Annual administration report of the Civil Veterinary Department of India - 1896-1897
Year: 1896
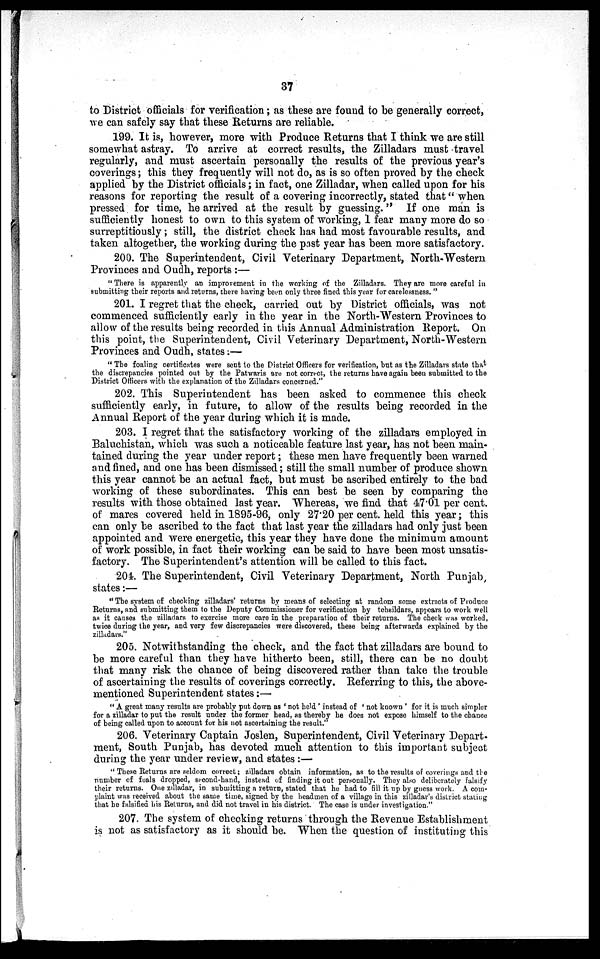
37
to District officials for verification; as these are found to be generally correct,
we can safely say that these Returns are reliable.
199. It is, however, more with Produce Returns that I think we are still
somewhat astray. To arrive at correct results, the Zilladars must travel
regularly, and must ascertain personally the results of the previous year's
coverings; this they frequently will not do, as is so often proved by the check
applied by the District officials; in fact, one Zilladar, when called upon for his
reasons for reporting the result of a covering incorrectly, stated that "when
pressed for time, he arrived at the result by guessing." If one man is
sufficiently honest to own to this system of working, 1 fear many more do so
surreptitiously; still, the district check has had most favourable results, and
taken altogether, the working during the past year has been more satisfactory.
200. The Superintendent, Civil Veterinary Department, North-Western
Provinces and Oudh, reports:—
"There is apparently an improvement in the working of the Zilladars. They are more careful in
submitting their reports and returns, there having been only three fined this year for carelessness."
201. I regret that the check, carried out by District officials, was not
commenced sufficiently early in the year in the North-Western Provinces to
allow of the results being recorded in this Annual Administration Report. On
this point, the Superintendent, Civil Veterinary Department, North-Western
Provinces and Oudh, states:—
"The foaling certificates were sent to the District Officers for verification, but as the Zilladars state that
the discrepancies pointed out by the Patwaris are not correct, the returns have again been submitted to the
District Officers with the explanation of the Zilladars concerned."
202. This Superintendent has been asked to commence this check
sufficiently early, in future, to allow of the results being recorded in the
Annual Report of the year during which it is made.
203. I regret that the satisfactory working of the zilladars employed in
Baluchistan, which was such a noticeable feature last year, has not been main-
tained during the year under report; these men have frequently been warned
and fined, and one has been dismissed; still the small number of produce shown
this year cannot be an actual fact, but must be ascribed entirely to the bad
working of these subordinates. This can best be seen by comparing the
results with those obtained last year. Whereas, we find that 47.01 per cent.
of mares covered held in 1895-96, only 27.20 per cent. held this year; this
can only be ascribed to the fact that last year the zilladars had only just been
appointed and were energetic, this year they have done the minimum amount
of work possible, in fact their working can be said to have been most unsatis-
factory. The Superintendent's attention will be called to this fact.
204. The Superintendent, Civil Veterinary Department, North Punjab,
states:—
"The system of checking zilladars' returns by means of selecting at random some extracts of Produce
Returns, and submitting them to the Deputy Commissioner for verification by tehsildars, appears to work well
as it causes the zilladars to exercise more care in the preparation of their returns. The check was worked,
twice during the year, and very few discrepancies were discovered, these being afterwards explained by the
zilladars."
205. Notwithstanding the check, and the fact that zilladars are bound to
be more careful than they have hitherto been, still, there can be no doubt
that many risk the chance of being discovered rather than take the trouble
of ascertaining the results of coverings correctly. Referring to this, the above-
mentioned Superintendent states:—
"A great many results are probably put down as 'not held' instead of 'not known' for it is much simpler
for a zilladar to put the result under the former head, as thereby he does not expose himself to the chance
of being called upon to account for his not ascertaining the result."
206. Veterinary Captain Joslen, Superintendent, Civil Veterinary Depart-
ment, South Punjab, has devoted much attention to this important subject
during the year under review, and states:—
"These Returns are seldom correct; zilladars obtain information, as to the results of coverings and the
number of foals dropped, second-hand, instead of finding it out personally. They also deliberately falsify
their returns. One zilladar, in submitting a return, stated that he had to fill it up by guess work. A com-
plaint was received about the same time, signed by the headmen of a village in this zilladar's district stating
that he falsified his Returns, and did not travel in his district. The case is under investigation."
207. The system of checking returns through the Revenue Establishment
is not as satisfactory as it should be. When the question of instituting this